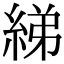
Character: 綈